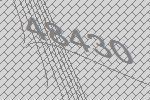
48430